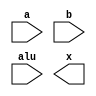
module Arithmetic(a,b,alu,x);
input [31:0]a,b;
input[1:0]alu;

output [31:0]x;

wire [31:0] a_or_b;
wire [31:0] a_and_b;
wire [31:0 ]zero;
wire [31:0] mux,sum;

assign a_or_b = a | b;
assign a_and_b = a & b;

assign mux = (alu[0] == 1 ) ? ~(b) + 1 : b;
assign sum = a + mux;

assign z = (alu == 2'b10)? a_and_b : 
            (alu == 2'b11)? a_or_b :
                    //    32'h00000000;
                    sum;


endmodule